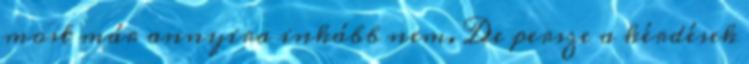
most már annyira inkább nem. De persze a kérdések